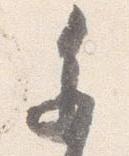
参